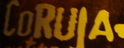
CoRUIA